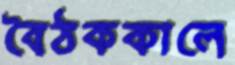
বৈঠককালে